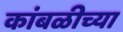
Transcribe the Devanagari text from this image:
कांबळीच्या